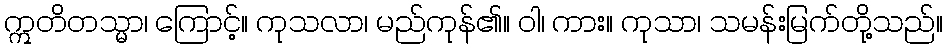
ဣတိတသ္မာ၊ ကြောင့်။ ကုသလာ၊ မည်ကုန်၏။ ဝါ၊ ကား။ ကုသာ၊ သမန်းမြက်တို့သည်။